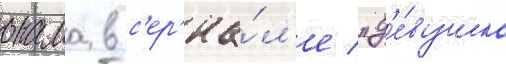
онама в с'ер'иа́л'е "д'е́вушка